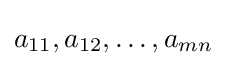
a_{11},a_{12},\ldots ,a_{mn}